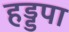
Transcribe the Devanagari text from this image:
हड्डपा